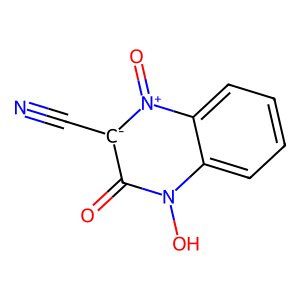
SMILES: N#C[c-]1c(=O)n(O)c2ccccc2[n+]1=O
Inhibits HIV replication: No